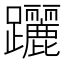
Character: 躧